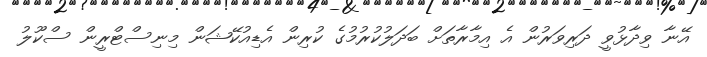
އޭނާ ވިދާޅުވީ ދަރިވަރުން އެ އިމާރާތަށް ބަދަލުކުރުމުގެ ކުރިން އެޑިއުކޭޝަން މިނިސްޓްރީން ސްކޫލު